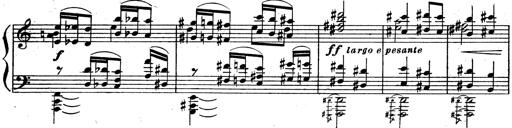
Title: 3 Sonatinas for Piano
Composer: Vissarion Shebalin